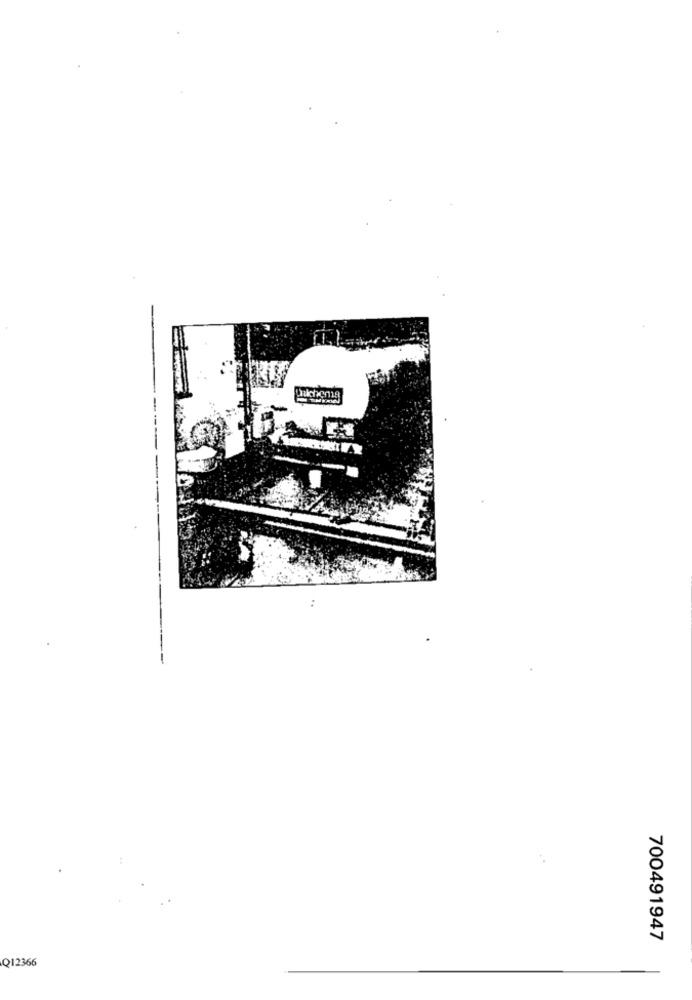
700491947
Q12366